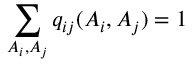
\sum _ { A _ { i } , A _ { j } } q _ { i j } ( A _ { i } , A _ { j } ) = 1